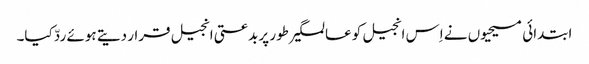
ابتدائی مسیحیوں نے اِس انجیل کو عالمگیر طور پر بدعتی انجیل قرار دیتے ہوئے ردّ کیا۔